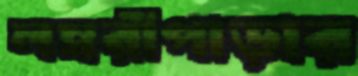
লম্বরীপাড়ার